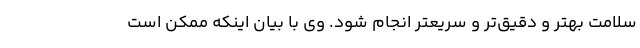
سلامت بهتر و دقیق‌تر و سریعتر انجام شود. وی با بیان اینکه ممکن است